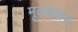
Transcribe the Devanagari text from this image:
मूल्‍यावान